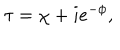
\tau = \chi + i e ^ { - \phi } ,